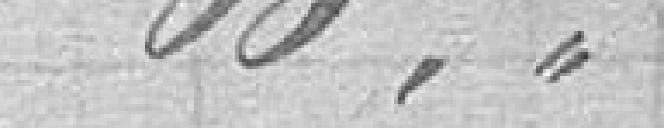
60,"